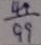
\frac { 4 9 } { 9 9 }